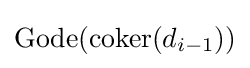
\operatorname {Gode} (\operatorname {coker} (d_{i-1}))